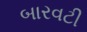
બારવટી